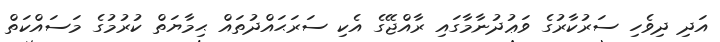
އަދި ދިވެހި ސަރުކާރުގެ ވަޢުދުނާމާގައި ރާއްޖޭގެ އެކި ސަރަޙައްދުތައް ޙިމާޔަތް ކުރުމުގެ މަސައްކަތް